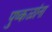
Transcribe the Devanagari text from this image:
पुष्‍कळांना